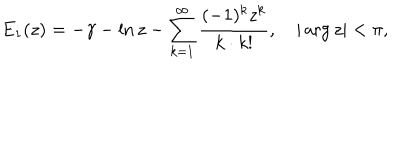
E _ { 1 } ( z ) = - \gamma - \ln z - \sum _ { k = 1 } ^ { \infty } \frac { ( - 1 ) ^ { k } z ^ { k } } { k \cdot k ! } , \quad | \arg z | < \pi { , }